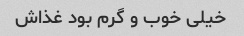
خیلی خوب و گرم بود غذاش